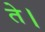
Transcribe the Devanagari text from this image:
ते।